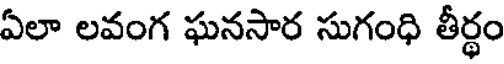
ఏలా లవంగ ఘనసార సుగంధి తీర్థం